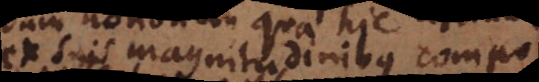
ex suis magnitudinibus componere